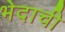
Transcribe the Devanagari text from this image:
भेदाची